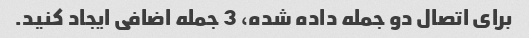
برای اتصال دو جمله داده شده، 3 جمله اضافی ایجاد کنید.